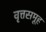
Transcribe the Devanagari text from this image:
वृत्तसमूह